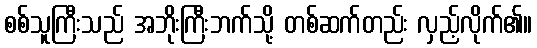
စစ်သူကြီးသည် အဘိုးကြီးဘက်သို့ တစ်ဆက်တည်း လှည့်လိုက်၏။